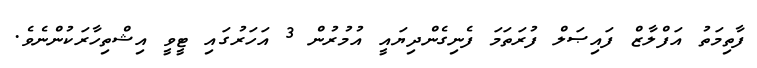
ފާތިމަތު އަފްލާޒް ފައިޞަލް ފުރަތަމަ ފެނިގެންދިޔައީ އުމުރުން 3 އަހަރުގައި ޓީވީ އިޝްތިހާރަކުންނެވެ.